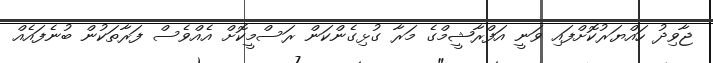
ޖާވިދު ހައްޔަރުކޮށްފައި ވަނީ އަފްރާޝީމްގެ މަރާ ގުޅިގެންކަން ރަސްމީކޮށް އެއްވެސް ފަރާތަކުން ބުނެފައެއް